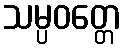
သမ္ပဝတ္တေ